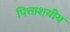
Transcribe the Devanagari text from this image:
पित्ताशयीय